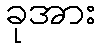
ခုအား